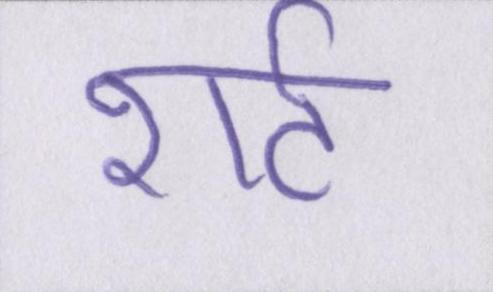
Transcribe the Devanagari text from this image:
शर्ट